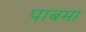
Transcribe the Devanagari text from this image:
पाबमा